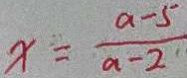
x = \frac { a - 5 } { a - 2 }